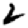
Digit: 2